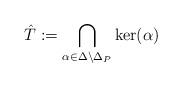
LaTeX: \begin{align*}\hat{T}:=\bigcap\limits_{\alpha\in\Delta\setminus\Delta_P}\ker(\alpha)\end{align*}